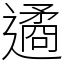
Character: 遹